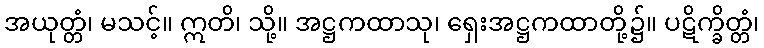
အယုတ္တံ၊ မသင့်။ ဣတိ၊ သို့။ အဋ္ဌကထာသု၊ ရှေးအဋ္ဌကထာတို့၌။ ပဋိက္ခိတ္တံ၊